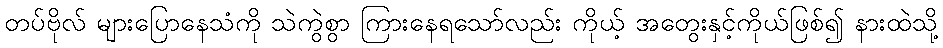
တပ်ဗိုလ် များပြောနေသံကို သဲကွဲစွာ ကြားနေရသော်လည်း ကိုယ့် အတွေးနှင့်ကိုယ်ဖြစ်၍ နားထဲသို့